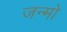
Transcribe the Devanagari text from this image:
जन्मो